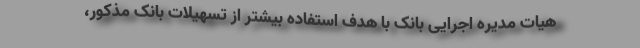
هیات مدیره اجرایی بانک با هدف استفاده بیشتر از تسهیلات بانک مذکور،